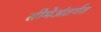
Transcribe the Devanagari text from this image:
सीमेअंतर्गत